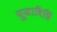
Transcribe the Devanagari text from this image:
पूजाविधिं